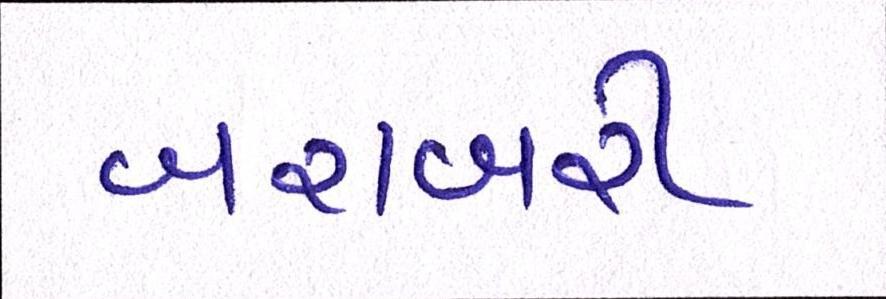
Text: બરાબરી